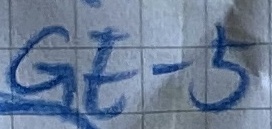
Text: GE-5